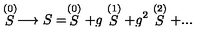
\stackrel { ( 0 ) } { S } \longrightarrow S = \stackrel { ( 0 ) } { S } + g \stackrel { ( 1 ) } { S } + g ^ { 2 } \stackrel { ( 2 ) } { S } + . . .